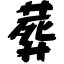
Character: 葬